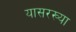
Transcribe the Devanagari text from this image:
यासरख्या